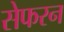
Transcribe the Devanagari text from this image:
सेफरन